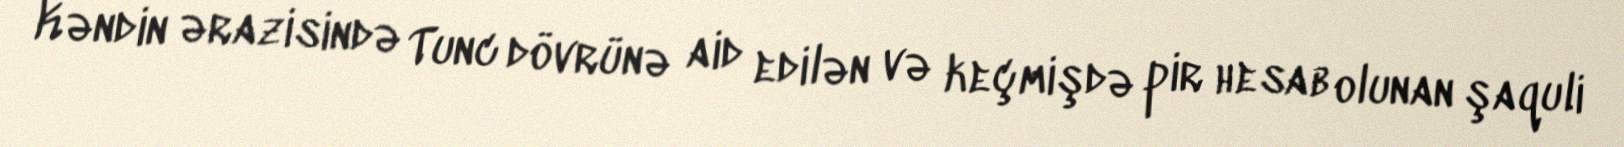
Kəndin ərazisində Tunc dövrünə aid edilən və keçmişdə pir hesab olunan şaquli